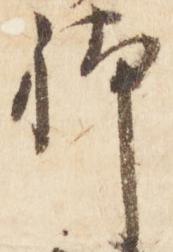
躰